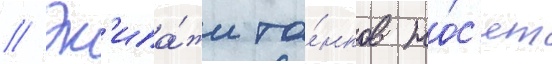
// Эк'ипа́жи та́нков но́с'ят